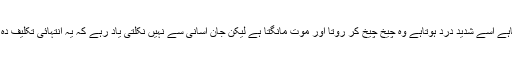
جب بھی مریض سانس لیتاہے اسے شدید درد ہوتاہے وہ چیخ چیخ کر روتا اور موت مانگتا ہے لیکن جان آسانی سے نہیں نکلتی یاد رہے کہ یہ انتہائی تکلیف دہ اور عبرت ناک موت ہے۔